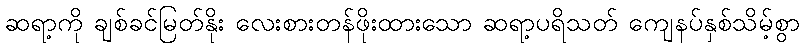
ဆရာ့ကို ချစ်ခင်မြတ်နိုး လေးစားတန်ဖိုးထားသော ဆရာ့ပရိသတ် ကျေနပ်နှစ်သိမ့်စွာ